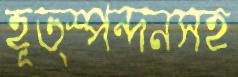
হূত্স্পন্দনসহ